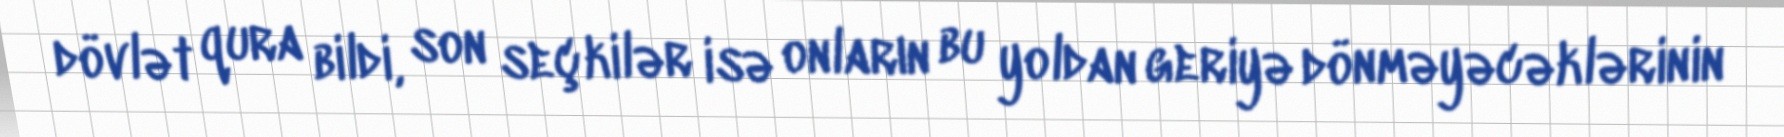
dövlət qura bildi, son seçkilər isə onların bu yoldan geriyə dönməyəcəklərinin